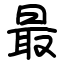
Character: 最